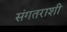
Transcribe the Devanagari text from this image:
संगतराशी